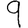
Digit: 9